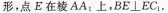
形，点 E 在棱AA_{1}上，$$BE \perp EC_{1}$$.